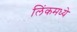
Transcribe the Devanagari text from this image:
लिंकमध्ये